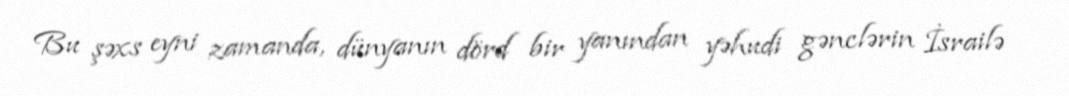
Bu şəxs eyni zamanda, dünyanın dörd bir yanından yəhudi gənclərin İsrailə